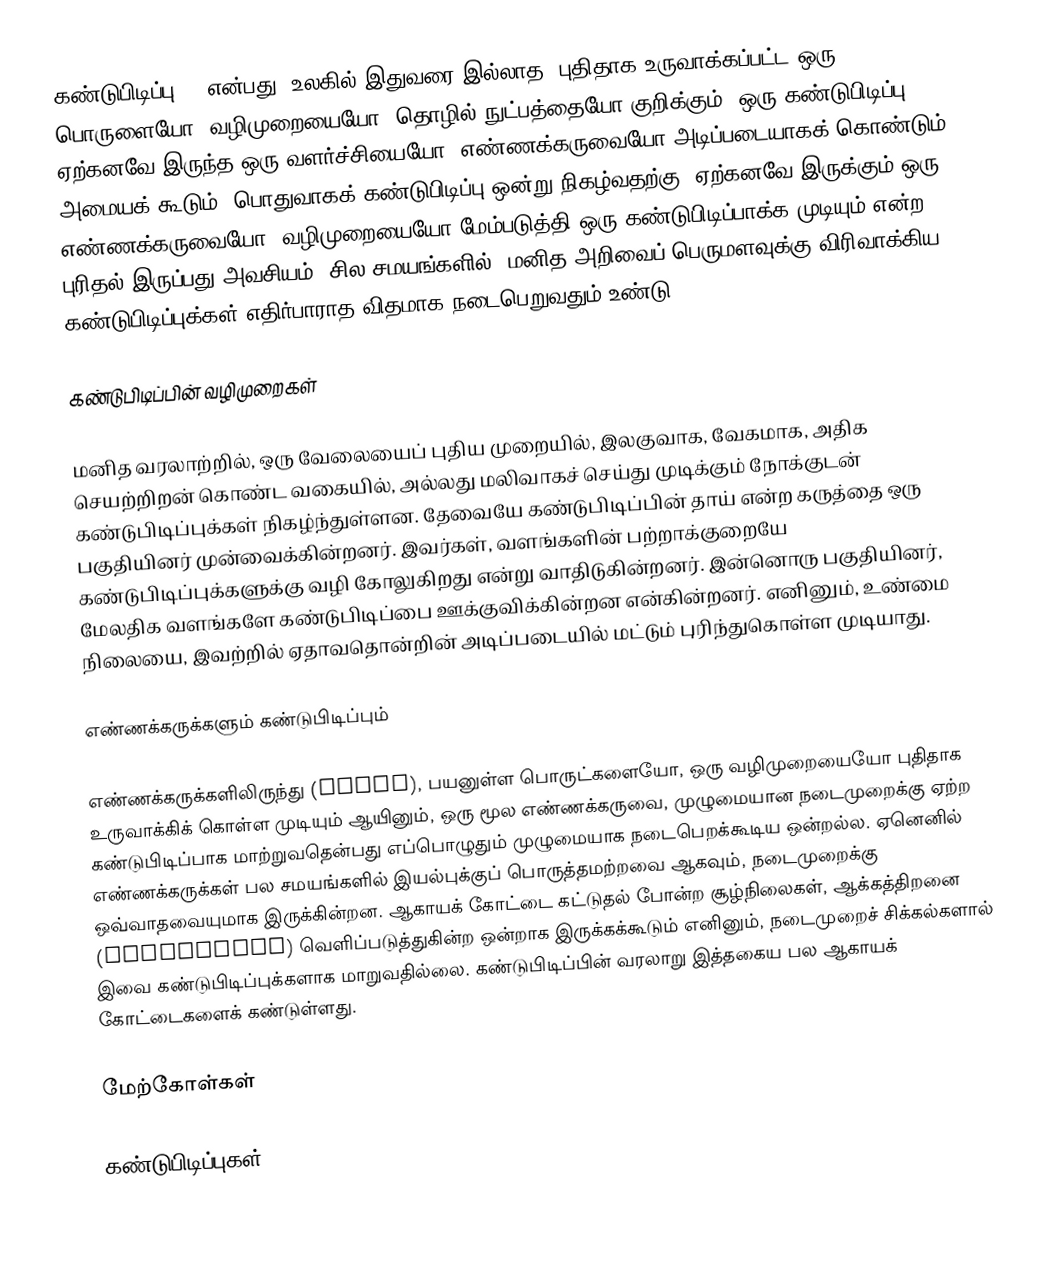
கண்டுபிடிப்பு () என்பது, உலகில் இதுவரை இல்லாத, புதிதாக உருவாக்கப்பட்ட ஒரு பொருளையோ, வழிமுறையையோ, தொழில் நுட்பத்தையோ குறிக்கும். ஒரு கண்டுபிடிப்பு, ஏற்கனவே இருந்த ஒரு வளர்ச்சியையோ, எண்ணக்கருவையோ அடிப்படையாகக் கொண்டும் அமையக் கூடும். பொதுவாகக் கண்டுபிடிப்பு ஒன்று நிகழ்வதற்கு, ஏற்கனவே இருக்கும் ஒரு எண்ணக்கருவையோ, வழிமுறையையோ மேம்படுத்தி ஒரு கண்டுபிடிப்பாக்க முடியும் என்ற புரிதல் இருப்பது அவசியம். சில சமயங்களில், மனித அறிவைப் பெருமளவுக்கு விரிவாக்கிய கண்டுபிடிப்புக்கள் எதிர்பாராத விதமாக நடைபெறுவதும் உண்டு.

கண்டுபிடிப்பின் வழிமுறைகள்

மனித வரலாற்றில், ஒரு வேலையைப் புதிய முறையில், இலகுவாக, வேகமாக, அதிக செயற்றிறன் கொண்ட வகையில், அல்லது மலிவாகச் செய்து முடிக்கும் நோக்குடன் கண்டுபிடிப்புக்கள் நிகழ்ந்துள்ளன. தேவையே கண்டுபிடிப்பின் தாய் என்ற கருத்தை ஒரு பகுதியினர் முன்வைக்கின்றனர். இவர்கள், வளங்களின் பற்றாக்குறையே கண்டுபிடிப்புக்களுக்கு வழி கோலுகிறது என்று வாதிடுகின்றனர். இன்னொரு பகுதியினர், மேலதிக வளங்களே கண்டுபிடிப்பை ஊக்குவிக்கின்றன என்கின்றனர். எனினும், உண்மை நிலையை, இவற்றில் ஏதாவதொன்றின் அடிப்படையில் மட்டும் புரிந்துகொள்ள முடியாது.

எண்ணக்கருக்களும் கண்டுபிடிப்பும்

எண்ணக்கருக்களிலிருந்து (Ideas), பயனுள்ள பொருட்களையோ, ஒரு வழிமுறையையோ புதிதாக உருவாக்கிக் கொள்ள முடியும் ஆயினும், ஒரு மூல எண்ணக்கருவை, முழுமையான நடைமுறைக்கு ஏற்ற கண்டுபிடிப்பாக மாற்றுவதென்பது எப்பொழுதும் முழுமையாக நடைபெறக்கூடிய ஒன்றல்ல. ஏனெனில் எண்ணக்கருக்கள் பல சமயங்களில் இயல்புக்குப் பொருத்தமற்றவை ஆகவும், நடைமுறைக்கு ஒவ்வாதவையுமாக இருக்கின்றன. ஆகாயக் கோட்டை கட்டுதல் போன்ற சூழ்நிலைகள், ஆக்கத்திறனை (creativity) வெளிப்படுத்துகின்ற ஒன்றாக இருக்கக்கூடும் எனினும், நடைமுறைச் சிக்கல்களால் இவை கண்டுபிடிப்புக்களாக மாறுவதில்லை. கண்டுபிடிப்பின் வரலாறு இத்தகைய பல ஆகாயக் கோட்டைகளைக் கண்டுள்ளது.

மேற்கோள்கள்

கண்டுபிடிப்புகள்